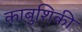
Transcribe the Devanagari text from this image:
काबुशिकी